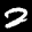
Label: 2